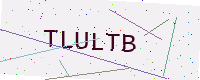
Text: TLULTB